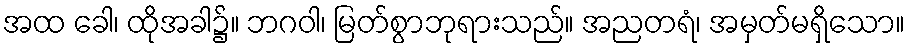
အထ ခေါ၊ ထိုအခါ၌။ ဘဂဝါ၊ မြတ်စွာဘုရားသည်။ အညတရံ၊ အမှတ်မရှိသော။